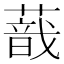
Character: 𦺿